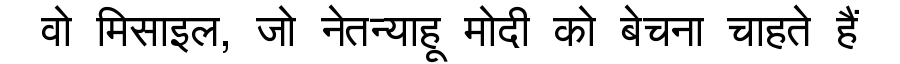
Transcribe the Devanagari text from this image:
वो मिसाइल, जो नेतन्याहू मोदी को बेचना चाहते हैं